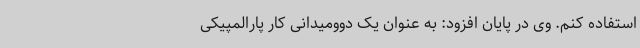
استفاده کنم. وی در پایان افزود: به عنوان یک دوومیدانی کار پارالمپیکی